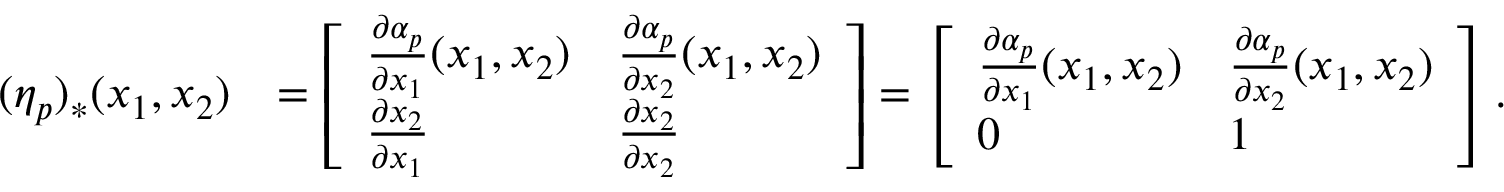
\begin{array} { r l } { ( \eta _ { p } ) _ { * } ( x _ { 1 } , x _ { 2 } ) } & { = \left[ \begin{array} { l l } { \frac { \partial \alpha _ { p } } { \partial x _ { 1 } } ( x _ { 1 } , x _ { 2 } ) } & { \frac { \partial \alpha _ { p } } { \partial x _ { 2 } } ( x _ { 1 } , x _ { 2 } ) } \\ { \frac { \partial x _ { 2 } } { \partial x _ { 1 } } } & { \frac { \partial x _ { 2 } } { \partial x _ { 2 } } } \end{array} \right] = \left[ \begin{array} { l l } { \frac { \partial \alpha _ { p } } { \partial x _ { 1 } } ( x _ { 1 } , x _ { 2 } ) } & { \frac { \partial \alpha _ { p } } { \partial x _ { 2 } } ( x _ { 1 } , x _ { 2 } ) } \\ { 0 } & { 1 } \end{array} \right] . } \end{array}